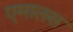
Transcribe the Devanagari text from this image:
एमालस